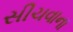
સીચવાના